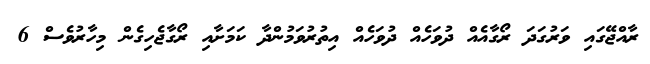
ރާއްޖޭގައި ވަރުގަދަ ރޯގާއެއް ދުވަހެއް ދުވަހެއް އިތުރުވަމުންދާ ކަމަށާއި ރޯގާޖެހިގެން މިހާރުވެސް 6